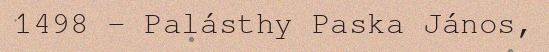
1498 – Palásthy Paska János,